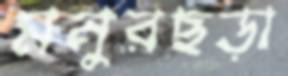
মনুরছড়া